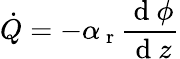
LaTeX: \dot{Q}=-\alpha_{\mathrm{~r~}}\frac{\mathrm{~d~}\phi}{\mathrm{~d~}z}